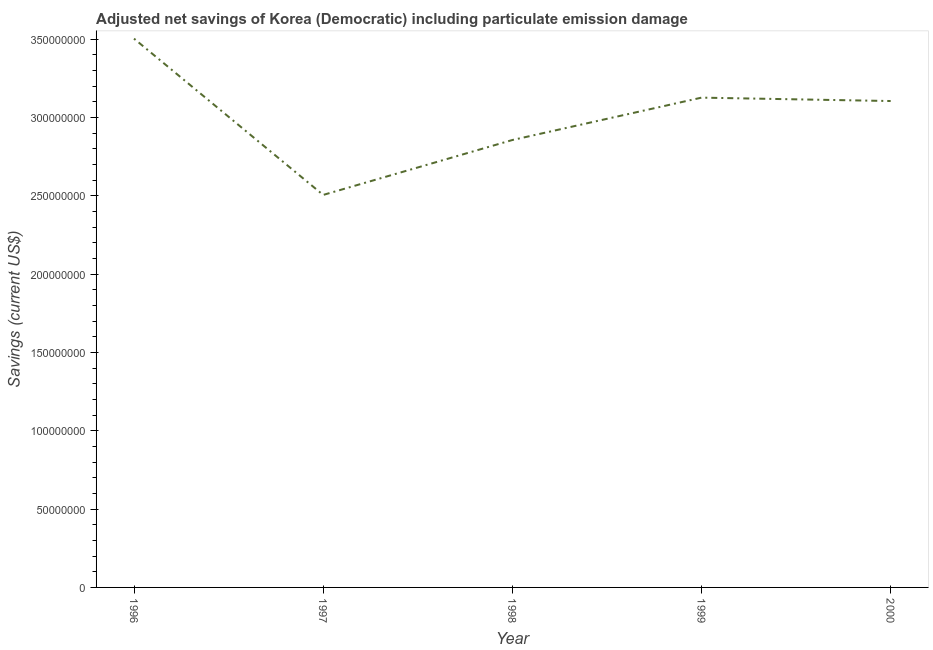
| Year | Adjusted savings: particulate emission damage (current US$) |
 | --- | --- |
 | 1996 | 3.5e+08 |
 | 1997 | 2.51e+08 |
 | 1998 | 2.86e+08 |
 | 1999 | 3.13e+08 |
 | 2000 | 3.11e+08 |